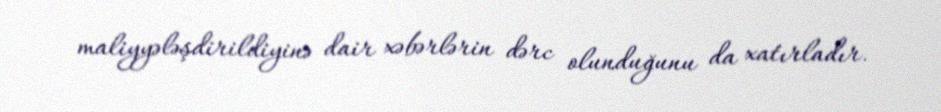
maliyyələşdirildiyinə dair xəbərlərin dərc olunduğunu da xatırladır.